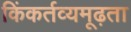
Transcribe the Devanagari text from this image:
किंकर्तव्यमूढ़ता